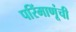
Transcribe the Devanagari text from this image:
परिंमाणूंची